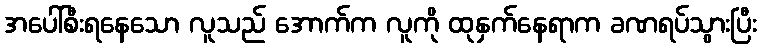
အပေါ်စီးရနေသော လူသည် အောက်က လူကို ထုနှက်နေရာက ခဏရပ်သွားပြီး